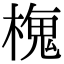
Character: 𬄒